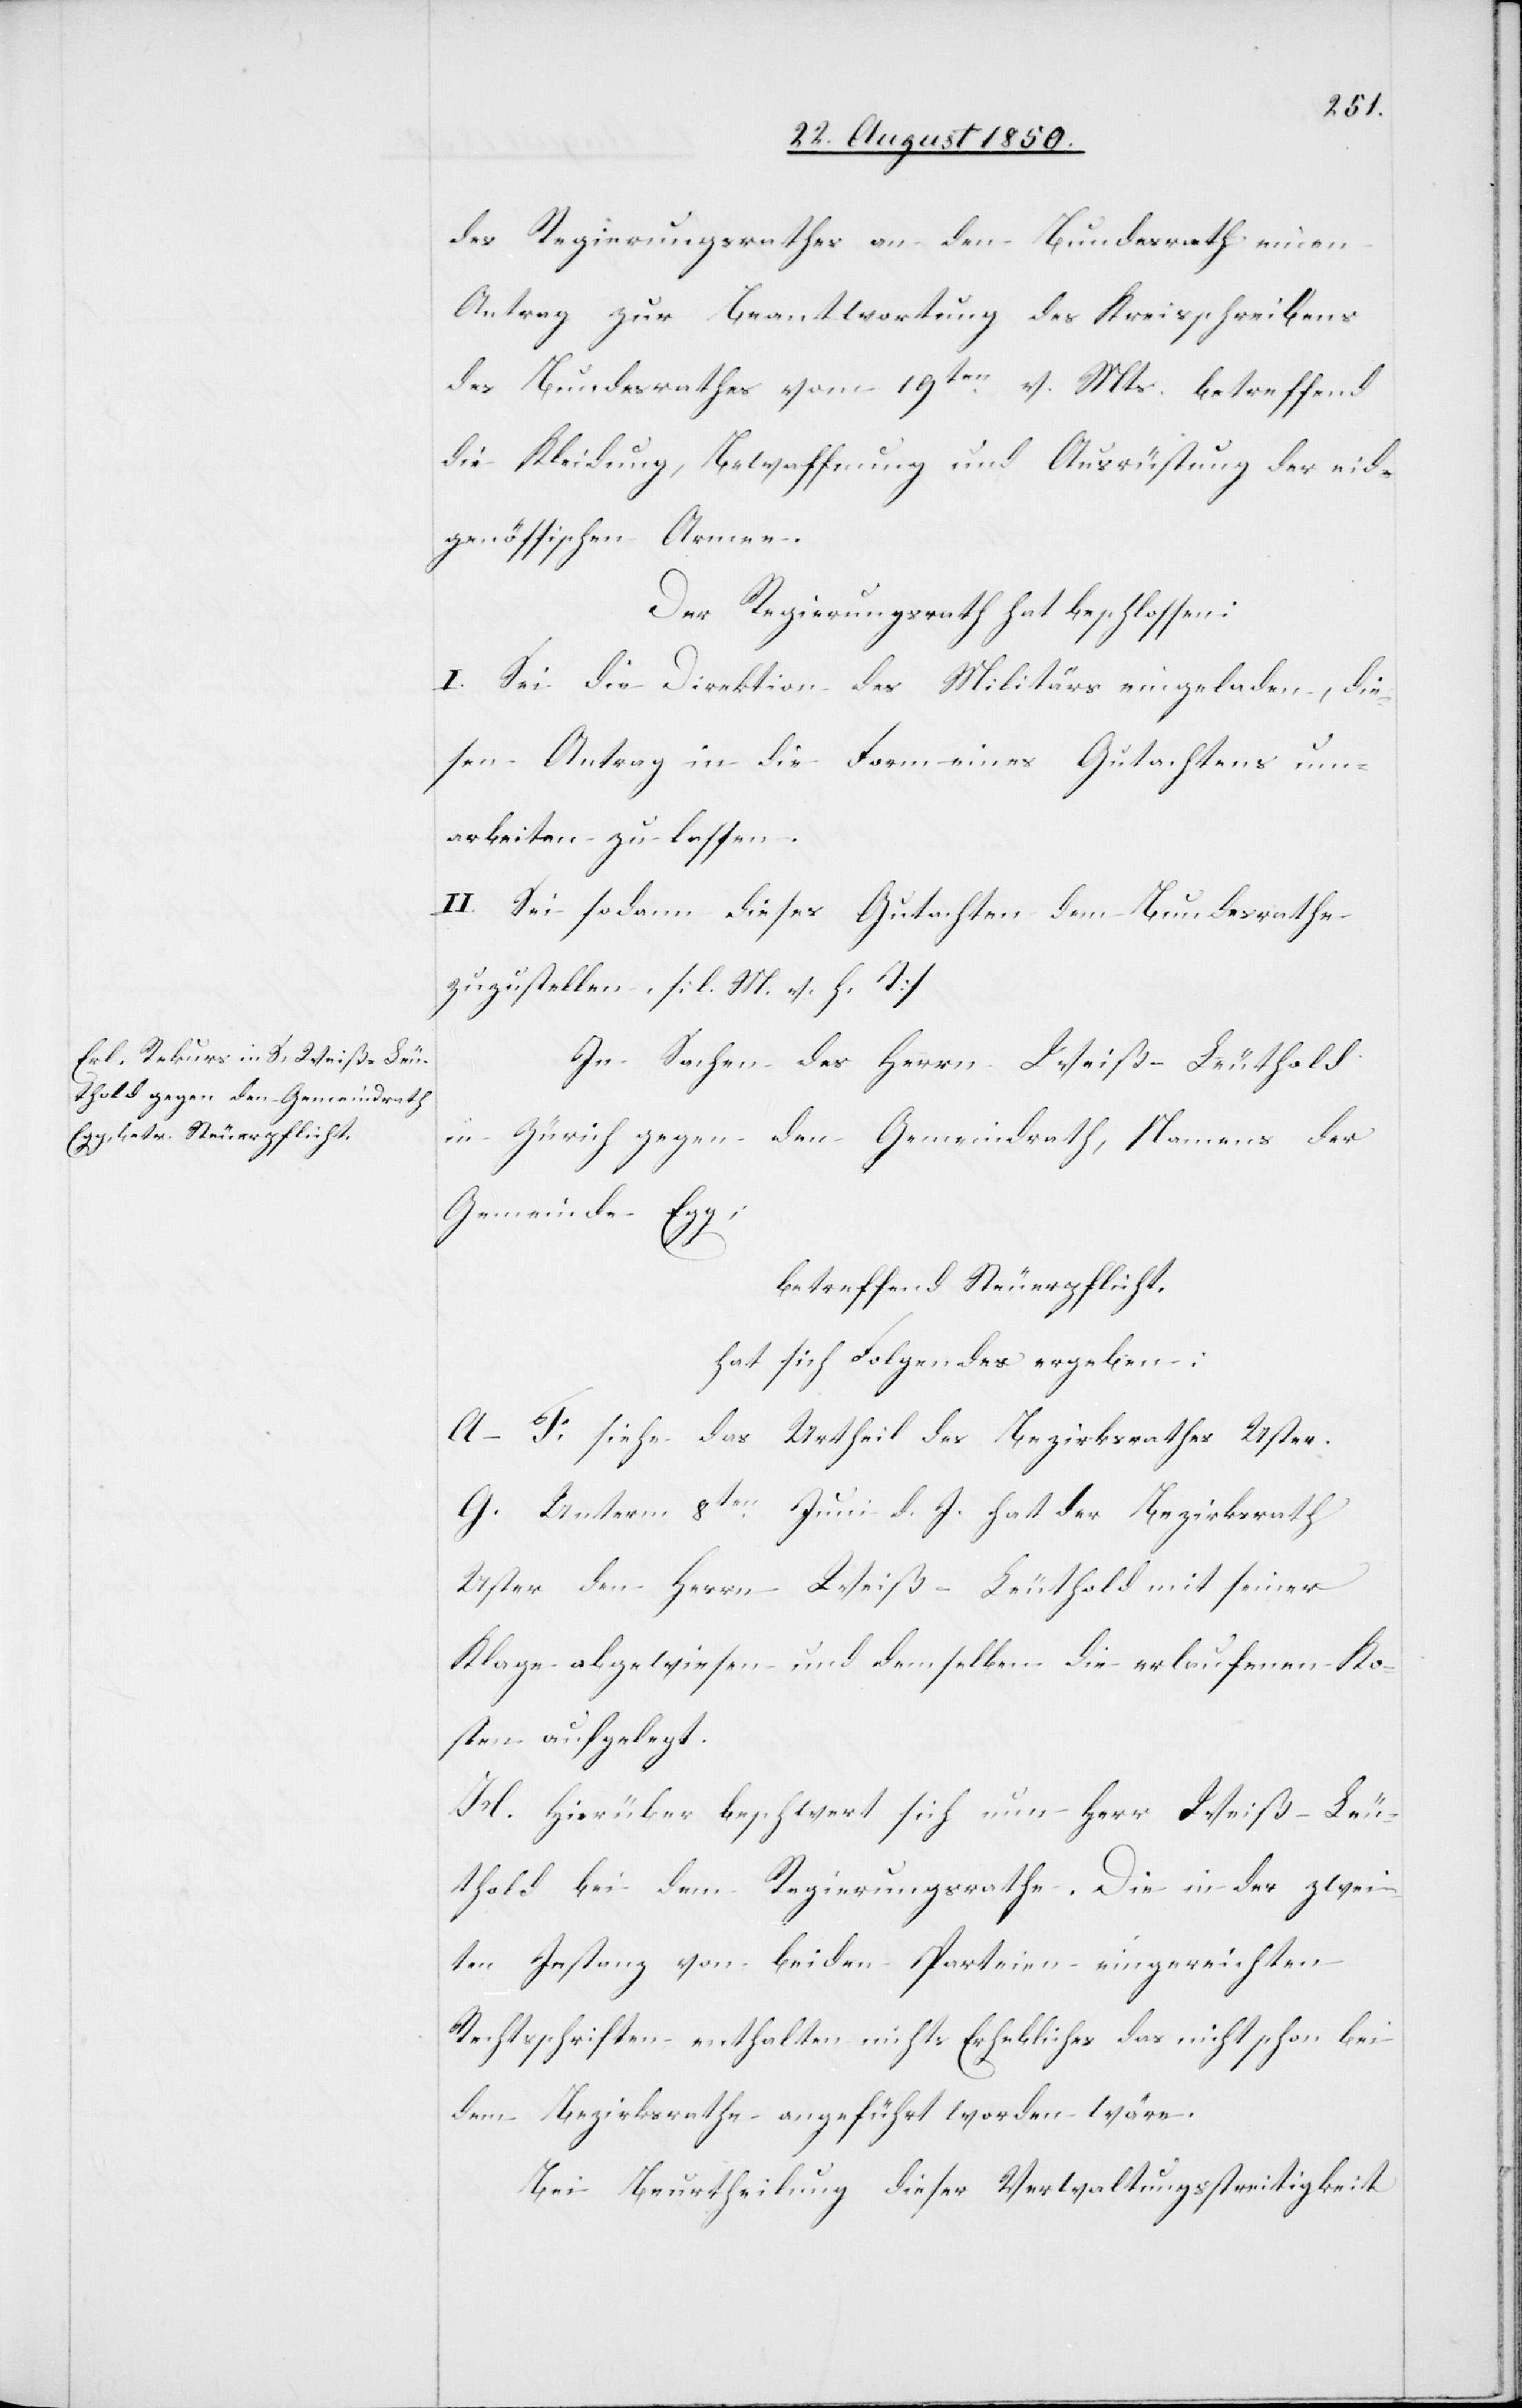
des Regierungsrathes an den Bundesrath einen
Antrag zur Beantwortung des Kreisschreibens
des Bundesrathes vom 19ten v. Mts. betreffend
die Kleidung, Bewaffnung und Ausrüstung der eid¬
genössischen Armee.
Der Regierungsrath hat beschlossen:
I. Sei die Direktion des Militärs eingeladen, die¬
sen Antrag in die Form eines Gutachtens um¬
arbeiten zu lassen.
II. Sei sodann dieses Gutachten dem Bundesrathe
zuzustellen. [l. M. v. h. T]
In Sachen des Herrn Weiß-Leuthold
in Zürich gegen den Gemeindrath, Namens der
Gemeinde Egg;
betreffend Steuerpflicht,
hat sich Folgendes ergeben:
A–F. siehe das Urtheil des Bezirksrathes Uster.
G. Unterm 8ten Juni d. J. hat der Bezirksrath
Uster den Herrn Weiß-Leuthold mit seiner
Klage abgewiesen und demselben die erlaufenen Ko¬
sten aufgelegt.
H. Hierüber beschwert sich nun Herr Weiß-Leu¬
thold bei dem Regierungsrathe. Die in der zwei¬
ten Instanz von beiden Parteien eingereichten
Rechtsschriften enthalten nichts Erhebliches das nicht schon bei
dem Bezirksrathe angeführt worden wäre.
Bei Beurtheilung dieser Verwaltungsstreitigkeit